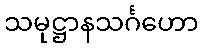
သမုဋ္ဌာနသင်္ဂဟော